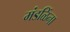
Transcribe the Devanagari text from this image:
मंडळिंना